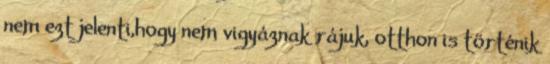
nem ezt jelenti,hogy nem vigyáznak rájuk, otthon is történik